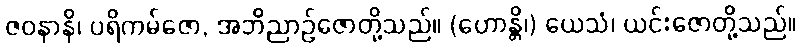
ဇဝနာနိ၊ ပရိကမ်ဇော, အဘိညာဉ်ဇောတို့သည်။ (ဟောန္တိ၊) ယေသံ၊ ယင်းဇောတို့သည်။